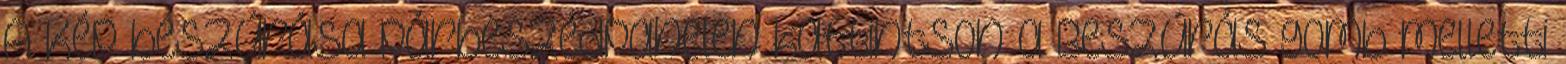
A Kép beszúrása párbeszédpanelen kattintson a Beszúrás gomb melletti